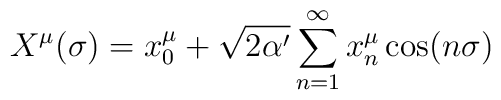
X^{\mu}(\sigma) =  x_0^{\mu}+ \sqrt{2\alpha '} \sum_{n=1}^\infty{x_n^{\mu}\cos(n\sigma)}